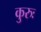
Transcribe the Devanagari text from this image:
कुरुः